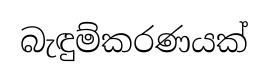
බැඳුම්කරණයක්